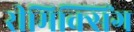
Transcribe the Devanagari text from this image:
रीमिक्सिंग